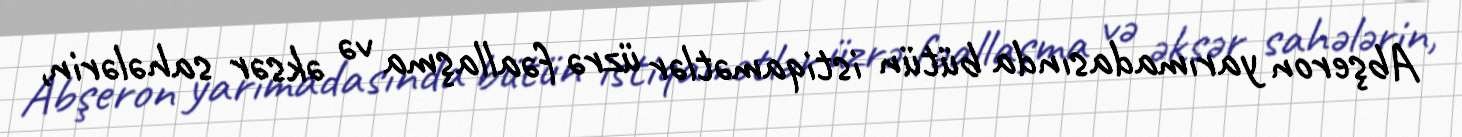
Abşeron yarımadasında bütün istiqamətlər üzrə fəallaşma və əksər sahələrin,